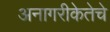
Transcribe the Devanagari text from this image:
अनागरीकेतेचे